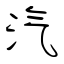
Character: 汽